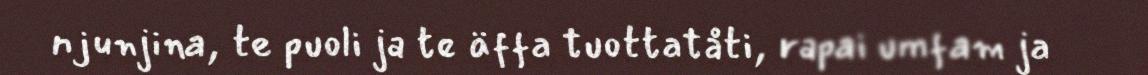
njunjina, te puoli ja te äffa tuottatåti, rapai umfam ja